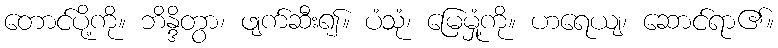
တောင်ပို့ကို။ ဘိန္ဒိတွာ၊ ဖျက်ဆီး၍။ ပံသုံ၊ မြေမှုံ့ကို။ ဟရေယျ၊ ဆောင်ရာ၏။